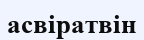
асвіратвін